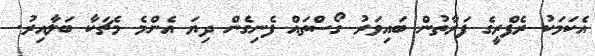
އެކަމަކު ރެފްރީގެ ފަރާތުން ބައިވަރު ގޯސްތައް ފެނިގެން ދިޔަ އެންމެ މެޗަކާ ބަލާއިރު.